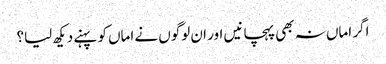
اگر اماں نہ بھی پہچانیں اور ان لوگوں نے اماں کو پہنے دیکھ لیا؟